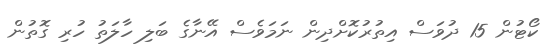
ކޯޓުން 15 ދުވަސް އިތުރުކޮށްދިން ނަމަވެސް އޭނާގެ ބަލި ހާލަތު ހުރި ގޮތުން